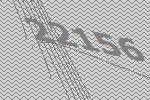
22156